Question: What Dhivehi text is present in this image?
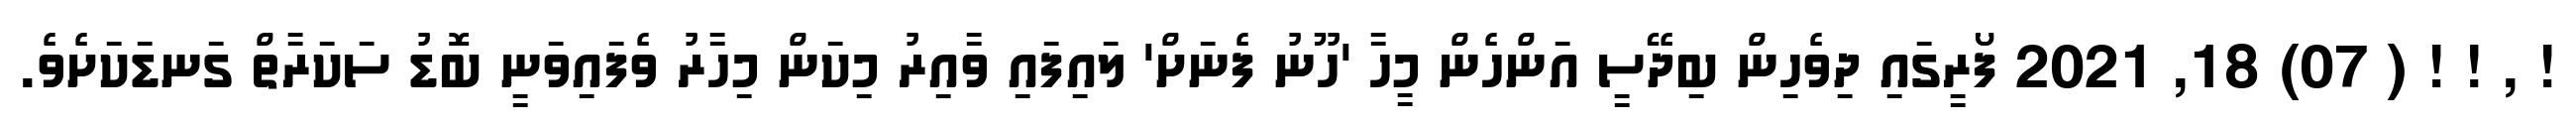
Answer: ! , ! ! ( 07) 18, 2021 ފޯރީގައި ދިވެހިން ބިދޭސީ އަންހެން މީހާ 'ހޫނު ފެނަށް' ލައިފައި ވާއިރު މިކަން މިހާރު ވެފައިވަނީ ބޮޑު ސަކަރާތް ގަނޑަކަށެވެ.